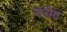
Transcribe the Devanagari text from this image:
मरोठ